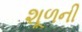
શૂળની